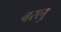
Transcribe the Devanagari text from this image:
बरलु